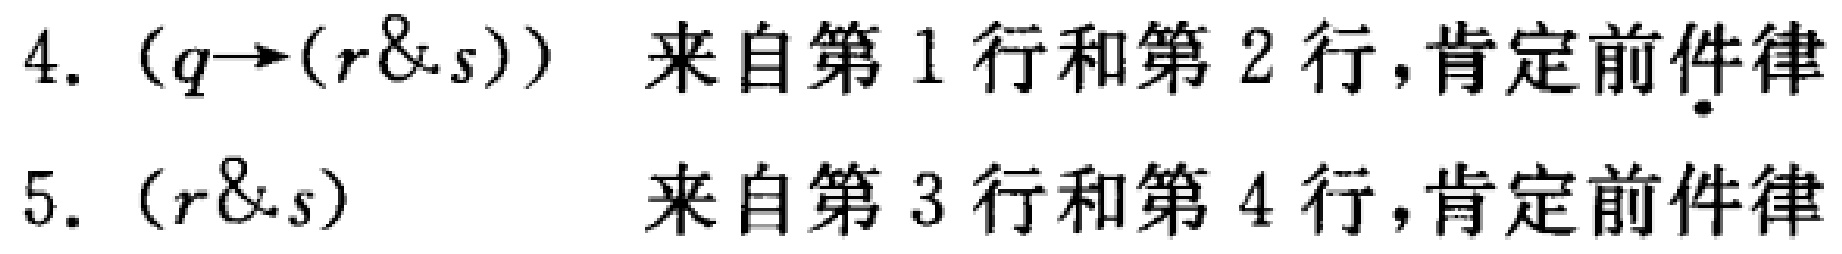
4. $(q\rightarrow(r\&s))$ 来自第 1 行和第 2 行,肯定前件律
5. $(r\&s)$ 来自第 3 行和第 4 行,肯定前件律